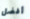
أفضل